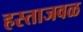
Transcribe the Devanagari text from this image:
हस्ताजवळ